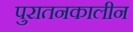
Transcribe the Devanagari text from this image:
पुरातनकालीन